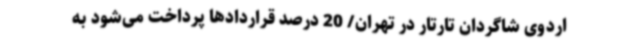
اردوی شاگردان تارتار در تهران/ 20 درصد قراردادها پرداخت می‌شود به